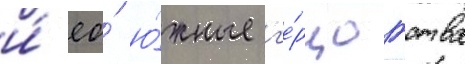
и́ ео́ ю́жные г'е́рцогства